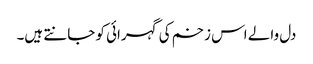
دل والے اس زخم کی گہرائی کو جانتے ہیں۔